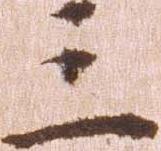
三